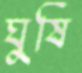
ঘুষি